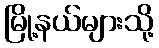
မြို့နယ်များသို့